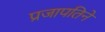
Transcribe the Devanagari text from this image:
प्रजापतिने